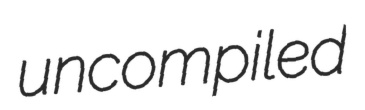
uncompiled